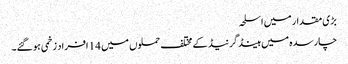
بڑی مقدار میں اسلحہ
چارسدہ میں ہینڈ گرنیڈ کے مختلف حملوں میں 14 افراد زخمی ہو گئے۔